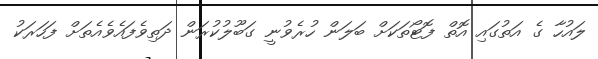
ލައުހާ ގެ އަަތުގައި އޮތް ފޮޓޯތަަކަށް ބަަލަން ހުރެވުނީ ގަބޫލުކުރަން ދަތިވެފައެވެއެތަށް ފަހަރަކު